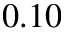
0 . 1 0